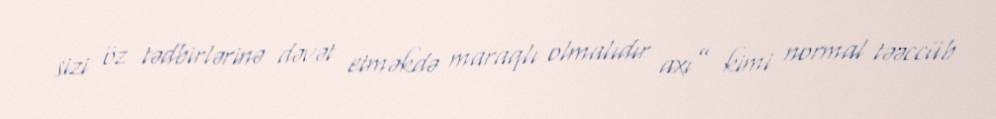
sizi öz tədbirlərinə dəvət etməkdə maraqlı olmalıdır axı” kimi normal təəccüb